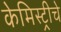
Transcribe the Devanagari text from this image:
केमिस्ट्रीचे